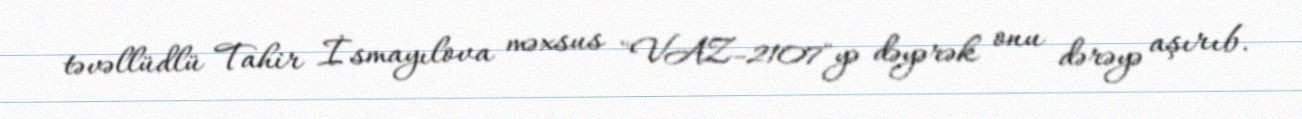
təvəllüdlü Tahir İsmayılova məxsus "VAZ-2107"yə dəyərək onu dərəyə aşırıb.